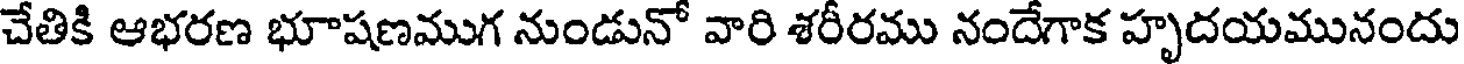
చేతికి ఆభరణ భూషణముగ నుండునో వారి శరీరము నందేగాక హృదయమునందు